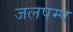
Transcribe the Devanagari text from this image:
जलपम्प